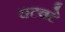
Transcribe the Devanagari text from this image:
वटवटे